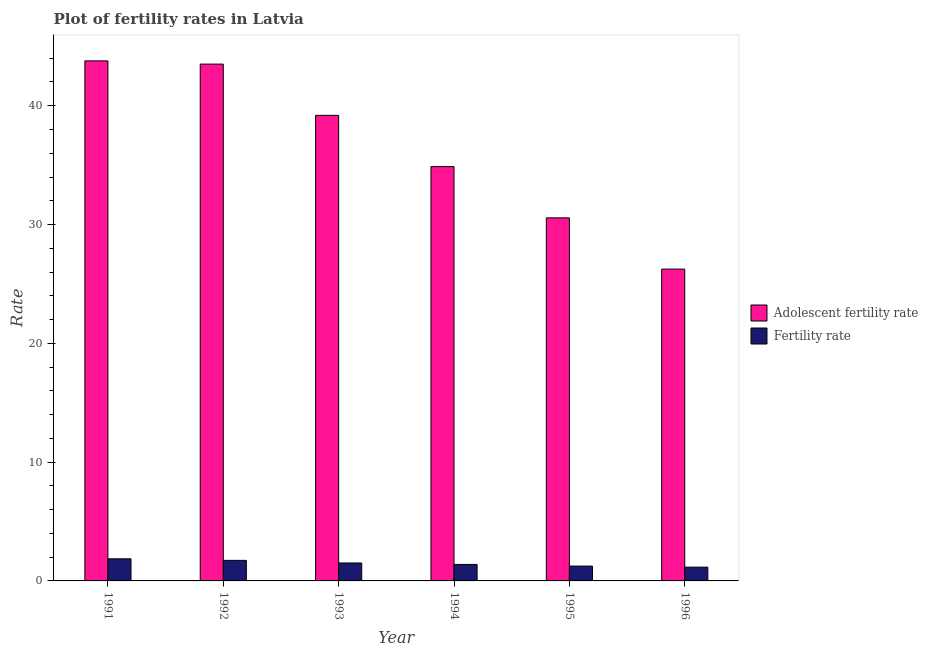
| Year | Adolescent fertility rate | Fertility rate |
 | --- | --- | --- |
 | 1991 | 43.8 | 1.86 |
 | 1992 | 43.5 | 1.73 |
 | 1993 | 39.2 | 1.51 |
 | 1994 | 34.9 | 1.39 |
 | 1995 | 30.6 | 1.25 |
 | 1996 | 26.2 | 1.16 |